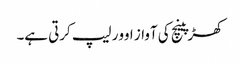
کھڑپینچ کی آواز اوور لیپ کرتی ہے۔